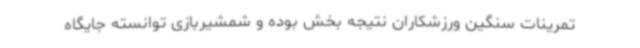
تمرینات سنگین ورزشکاران نتیجه بخش بوده و شمشیربازی توانسته جایگاه